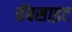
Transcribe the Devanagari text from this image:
वॅबसाइट